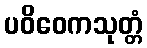
ပဝိဝေကသုတ္တံ